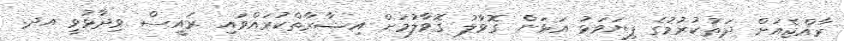
ރާއްޖެއަށް ދަތުކުރުމުގެ ފިޔަވަޅު އަޅަން ގޮވާލު ގޮވާލުމަށް އިޝާރާތްކުރައްވައި ރައީސް ވިދާޅުވީ އދ.